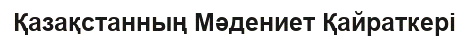
Қазақстанның Мәдениет Қайраткері